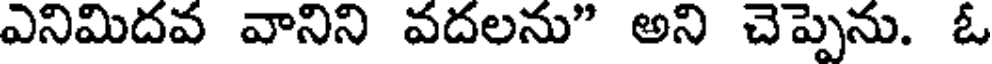
ఎనిమిదవ వానిని వదలను" అని చెప్పెను. ఓ